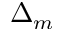
\Delta _ { m }